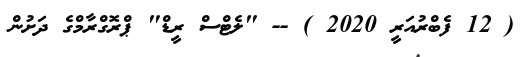
( 12 ފެބްރުއަރީ 2020 ) -- "ލެޓްސް ރީޑް" ޕްރޮގްރާމްގެ ދަށުން